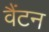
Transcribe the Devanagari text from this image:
वैंटन